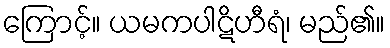
ကြောင့်။ ယမကပါဋိဟီရံ၊ မည်၏။